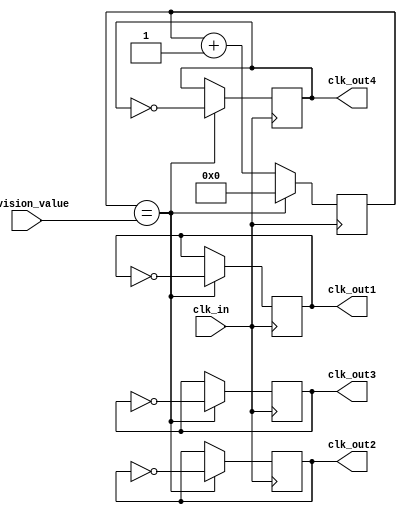
module multi_phase_clock_divider (
    input wire clk_in,
    input wire [3:0] division_value,
    output reg clk_out1,
    output reg clk_out2,
    output reg clk_out3,
    output reg clk_out4
);

reg [3:0] counter;

always @(posedge clk_in) begin
    if (counter == division_value) begin
        counter <= 0;
        clk_out1 <= ~clk_out1;
        clk_out2 <= ~clk_out2;
        clk_out3 <= ~clk_out3;
        clk_out4 <= ~clk_out4;
    end else begin
        counter <= counter + 1;
    end
end

endmodule